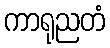
ကာရုညတံ